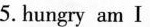
5.hungryam I